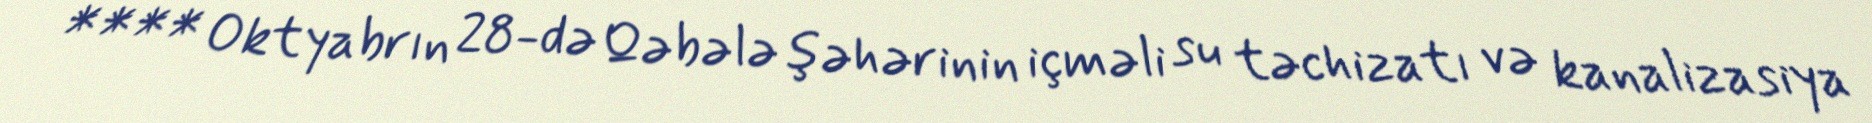
**** Oktyabrın 28-də Qəbələ şəhərinin içməli su təchizatı və kanalizasiya